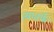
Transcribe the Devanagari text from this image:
त्यातर्फे